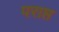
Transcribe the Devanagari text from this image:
पराप्त